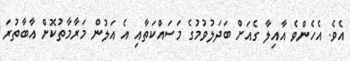
އެވެ. އެހެންވެ އާއިލާ ގެއަށް ބަދަލުވުމުގެ މަސައްކަތާއި އެ އަލުން މަރާމާތުކޮށް އާބާތުރަ